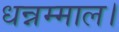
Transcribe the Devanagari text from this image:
धन्नम्माल।